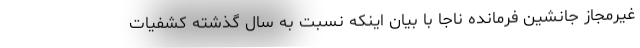
غیرمجاز جانشین فرمانده ناجا با بیان اینکه نسبت به سال گذشته کشفیات